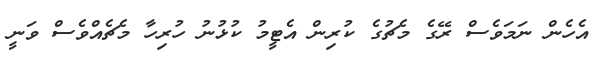
އެހެން ނަމަވެސް ރޭގެ މެޗުގެ ކުރިން އެޓީމު ކުޅުނު ހުރިހާ މެޗެއްވެސް ވަނީ